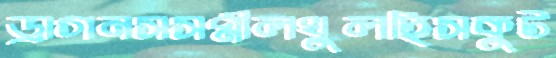
ড্রাগনসসপ্নীলখুলছিসকুট